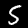
Digit: 5